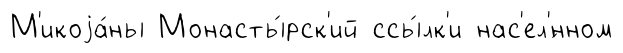
М'икоjа́ны Монасты́рск'ий ссы́лк'и нас'ел'́нном